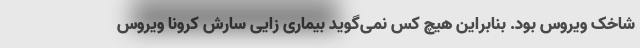
شاخک ویروس بود. بنابراین هیچ کس نمی‌گوید بیماری زایی سارش کرونا ویروس